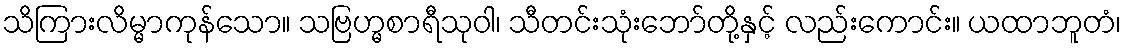
သိကြားလိမ္မာကုန်သော။ သဗြဟ္မစာရီသုဝါ၊ သီတင်းသုံးဘော်တို့နှင့် လည်းကောင်း။ ယထာဘူတံ၊